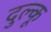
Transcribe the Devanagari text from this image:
दुल्कू